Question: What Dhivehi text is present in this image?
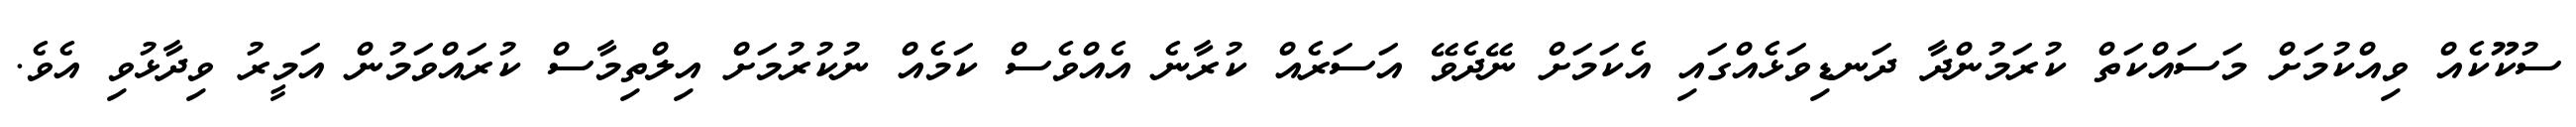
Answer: ސުކޫކެއް ވިއްކުމަށް މަސައްކަތް ކުރަމުންދާ ދަނޑިވަޅެއްގައި އެކަމަށް ނޭދެވޭ އަސަރެއް ކުރާނެ އެއްވެސް ކަމެއް ނުކުރުމަށް އިލްތިމާސް ކުރައްވަމުން އަމީރު ވިދާޅުވި އެވެ.